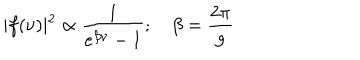
\vert f ( \nu ) \vert ^ { 2 } \propto { \frac { 1 } { e ^ { \beta \nu } - 1 } } ; \quad \beta = { \frac { 2 \pi } { g } }